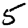
Digit: 5